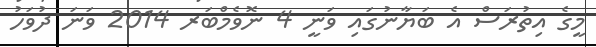
މީގެ އިތުރަސް އެ ބަޔާނުގައި ވަނީ 4 ނޮވެމްބަރ 2014 ވަނަ ދުވަހު